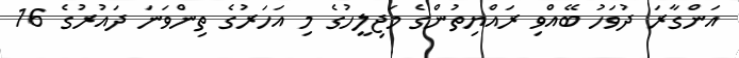
އަންގާރަ ދުވަހު ބޭއްވި ރައްޔިތުންގެ މަޖިލީހުގެ މި އަހަރުގެ ތިންވަނަ ދައުރުގެ 16